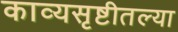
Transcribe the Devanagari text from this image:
काव्यसृष्टीतल्या